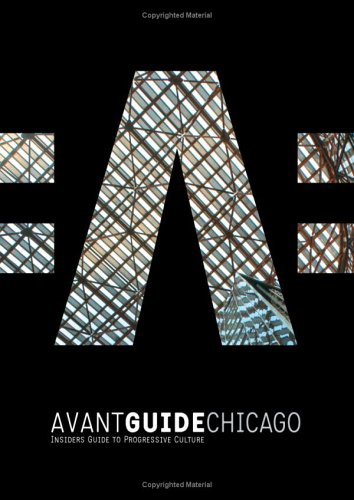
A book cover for Avant-Guide Chicago: Insiders Guide to Progressive Culture with Booklet (Avant-Guide Chicago: Insiders' Guide for Urban Adventurers); Travel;